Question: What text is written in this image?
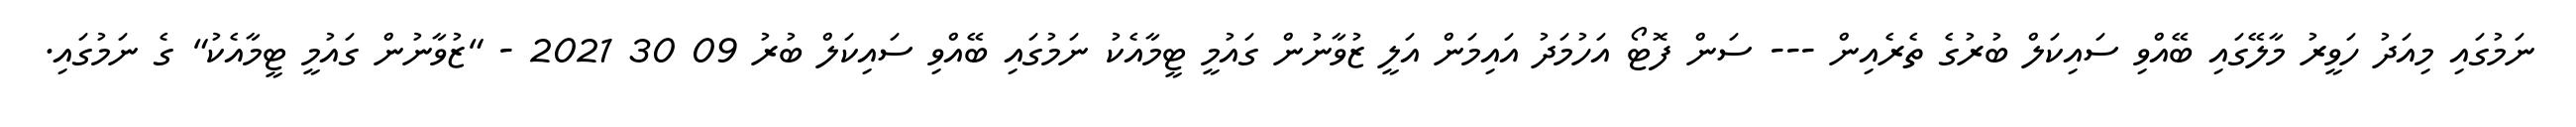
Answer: ނަމުގައި މިއަދު ހަވީރު މާލޭގައި ބޭއްވި ސައިކަލް ބުރުގެ ތެރެއިން --- ސަން ފޮޓޯ އަހުމަދު އައިމަން އަލީ ޒުވާނުން ގައުމީ ޓީމާއެކު ނަމުގައި ބޭއްވި ސައިކަލް ބުރު 09 30 2021 - "ޒުވާނުން ގައުމީ ޓީމާއެކު" ގެ ނަމުގައި.